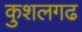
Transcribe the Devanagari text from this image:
कुशलगढ